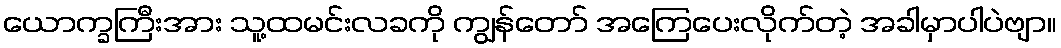
ယောက္ခကြီးအား သူ့ထမင်းလခကို ကျွန်တော် အကြေပေးလိုက်တဲ့ အခါမှာပါပဲဗျာ။